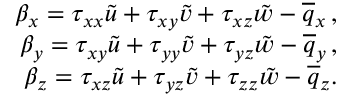
\begin{array} { r } { \beta _ { x } = { \tau } _ { x x } \tilde { u } + { \tau } _ { x y } \tilde { v } + { \tau } _ { x z } \tilde { w } - \overline { { q } } _ { x } \, \mathrm { , } } \\ { \beta _ { y } = { \tau } _ { x y } \tilde { u } + { \tau } _ { y y } \tilde { v } + { \tau } _ { y z } \tilde { w } - \overline { { q } } _ { y } \, \mathrm { , } } \\ { \beta _ { z } = { \tau } _ { x z } \tilde { u } + { \tau } _ { y z } \tilde { v } + { \tau } _ { z z } \tilde { w } - \overline { { q } } _ { z } \mathrm { . } } \end{array}